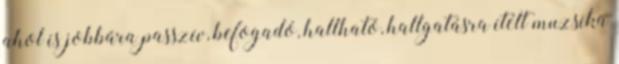
ahol is jobbára passzív, befogadó, hallható, hallgatásra ítélt muzsika